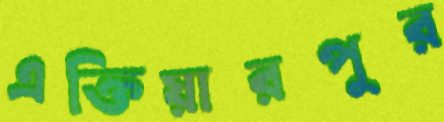
এক্তিয়ারপুর